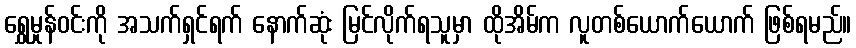
ရွှေမှုန်ဝင်းကို အသက်ရှင်ရက် နောက်ဆုံး မြင်လိုက်ရသူမှာ ထိုအိမ်က လူတစ်ယောက်ယောက် ဖြစ်ရမည်။